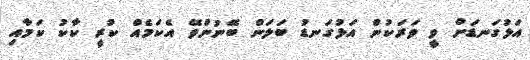
އަޅުގަނޑަށް ވީ ވަރަކުން އަޅުގަނޑު ބަލަން ބޭނުންވޭ އެކަމެއް ކުރީ ކާކު ކަމާއި